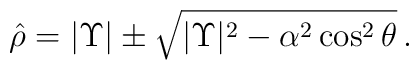
\hat{\rho} =|\Upsilon| \pm \sqrt{|\Upsilon|^{2} -\alpha^{2}\cos^{2}\theta}\,.